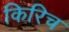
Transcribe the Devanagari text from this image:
किरिच